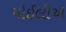
મોઈલીએ